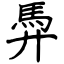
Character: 馵